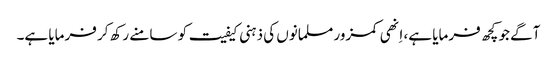
آگے جو کچھ فرمایا ہے، اِنھی کمزور مسلمانوں کی ذہنی کیفیت کو سامنے رکھ کر فرمایا ہے۔